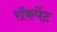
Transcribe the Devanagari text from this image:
रॉकपेंट